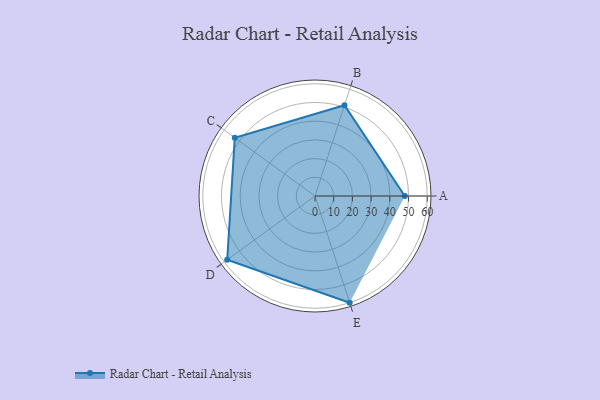
{"axis": {"x": "Skill", "y": "Score"}, "legend": ["Profile"], "data": [{"x": "A", "y": 48.0, "type": "Profile"}, {"x": "B", "y": 51.0, "type": "Profile"}, {"x": "C", "y": 53.0, "type": "Profile"}, {"x": "D", "y": 58.0, "type": "Profile"}, {"x": "E", "y": 60.0, "type": "Profile"}]}